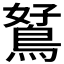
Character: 𪀮